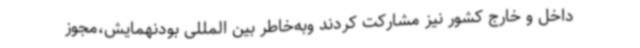
داخل و خارج کشور نیز مشارکت کردند وبه‌خاطر بین المللی بودنهمایش،مجوز